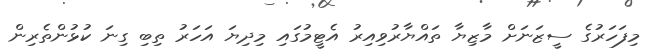
މިފަހަރުގެ ސީޒަނަށް މާޒިޔާ ތައްޔާރުވިއިރު އެޓީމުގައި މިދިޔަ އަހަރު ތިބި ގިނަ ކުޅުންތެރިން